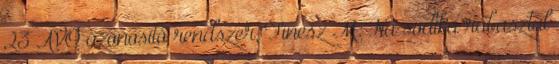
23 ÁVÓ azonosító rendszer, Tinesz M: Na sodika rábasztál